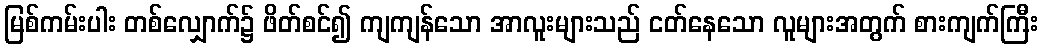
မြစ်ကမ်းပါး တစ်လျှောက်၌ ဖိတ်စင်၍ ကျကျန်သော အာလူးများသည် ငတ်နေသော လူများအတွက် စားကျက်ကြီး